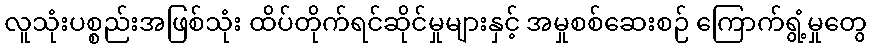
လူသုံးပစ္စည်းအဖြစ်သုံး ထိပ်တိုက်ရင်ဆိုင်မှုများနှင့် အမှုစစ်ဆေးစဉ် ကြောက်ရွံ့မှုတွေ